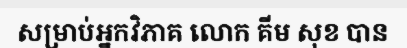
សម្រាប់អ្នកវិភាគ លោក គីម សុខ បាន